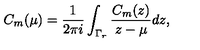
C _ { m } ( \mu ) = { \frac { 1 } { 2 \pi i } } \int _ { \Gamma _ { r } } { \frac { C _ { m } ( z ) } { z - \mu } } d z ,